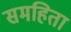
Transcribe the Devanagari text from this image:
समहिता